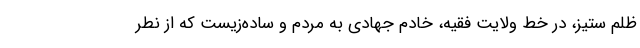
ظلم ستیز، در خط ولایت فقیه، خادم جهادی به مردم و ساده‌زیست که از نطر